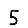
Digit: 5